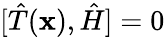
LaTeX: [{\hat{T}}(\mathbf{x}),{\hat{H}}]=0